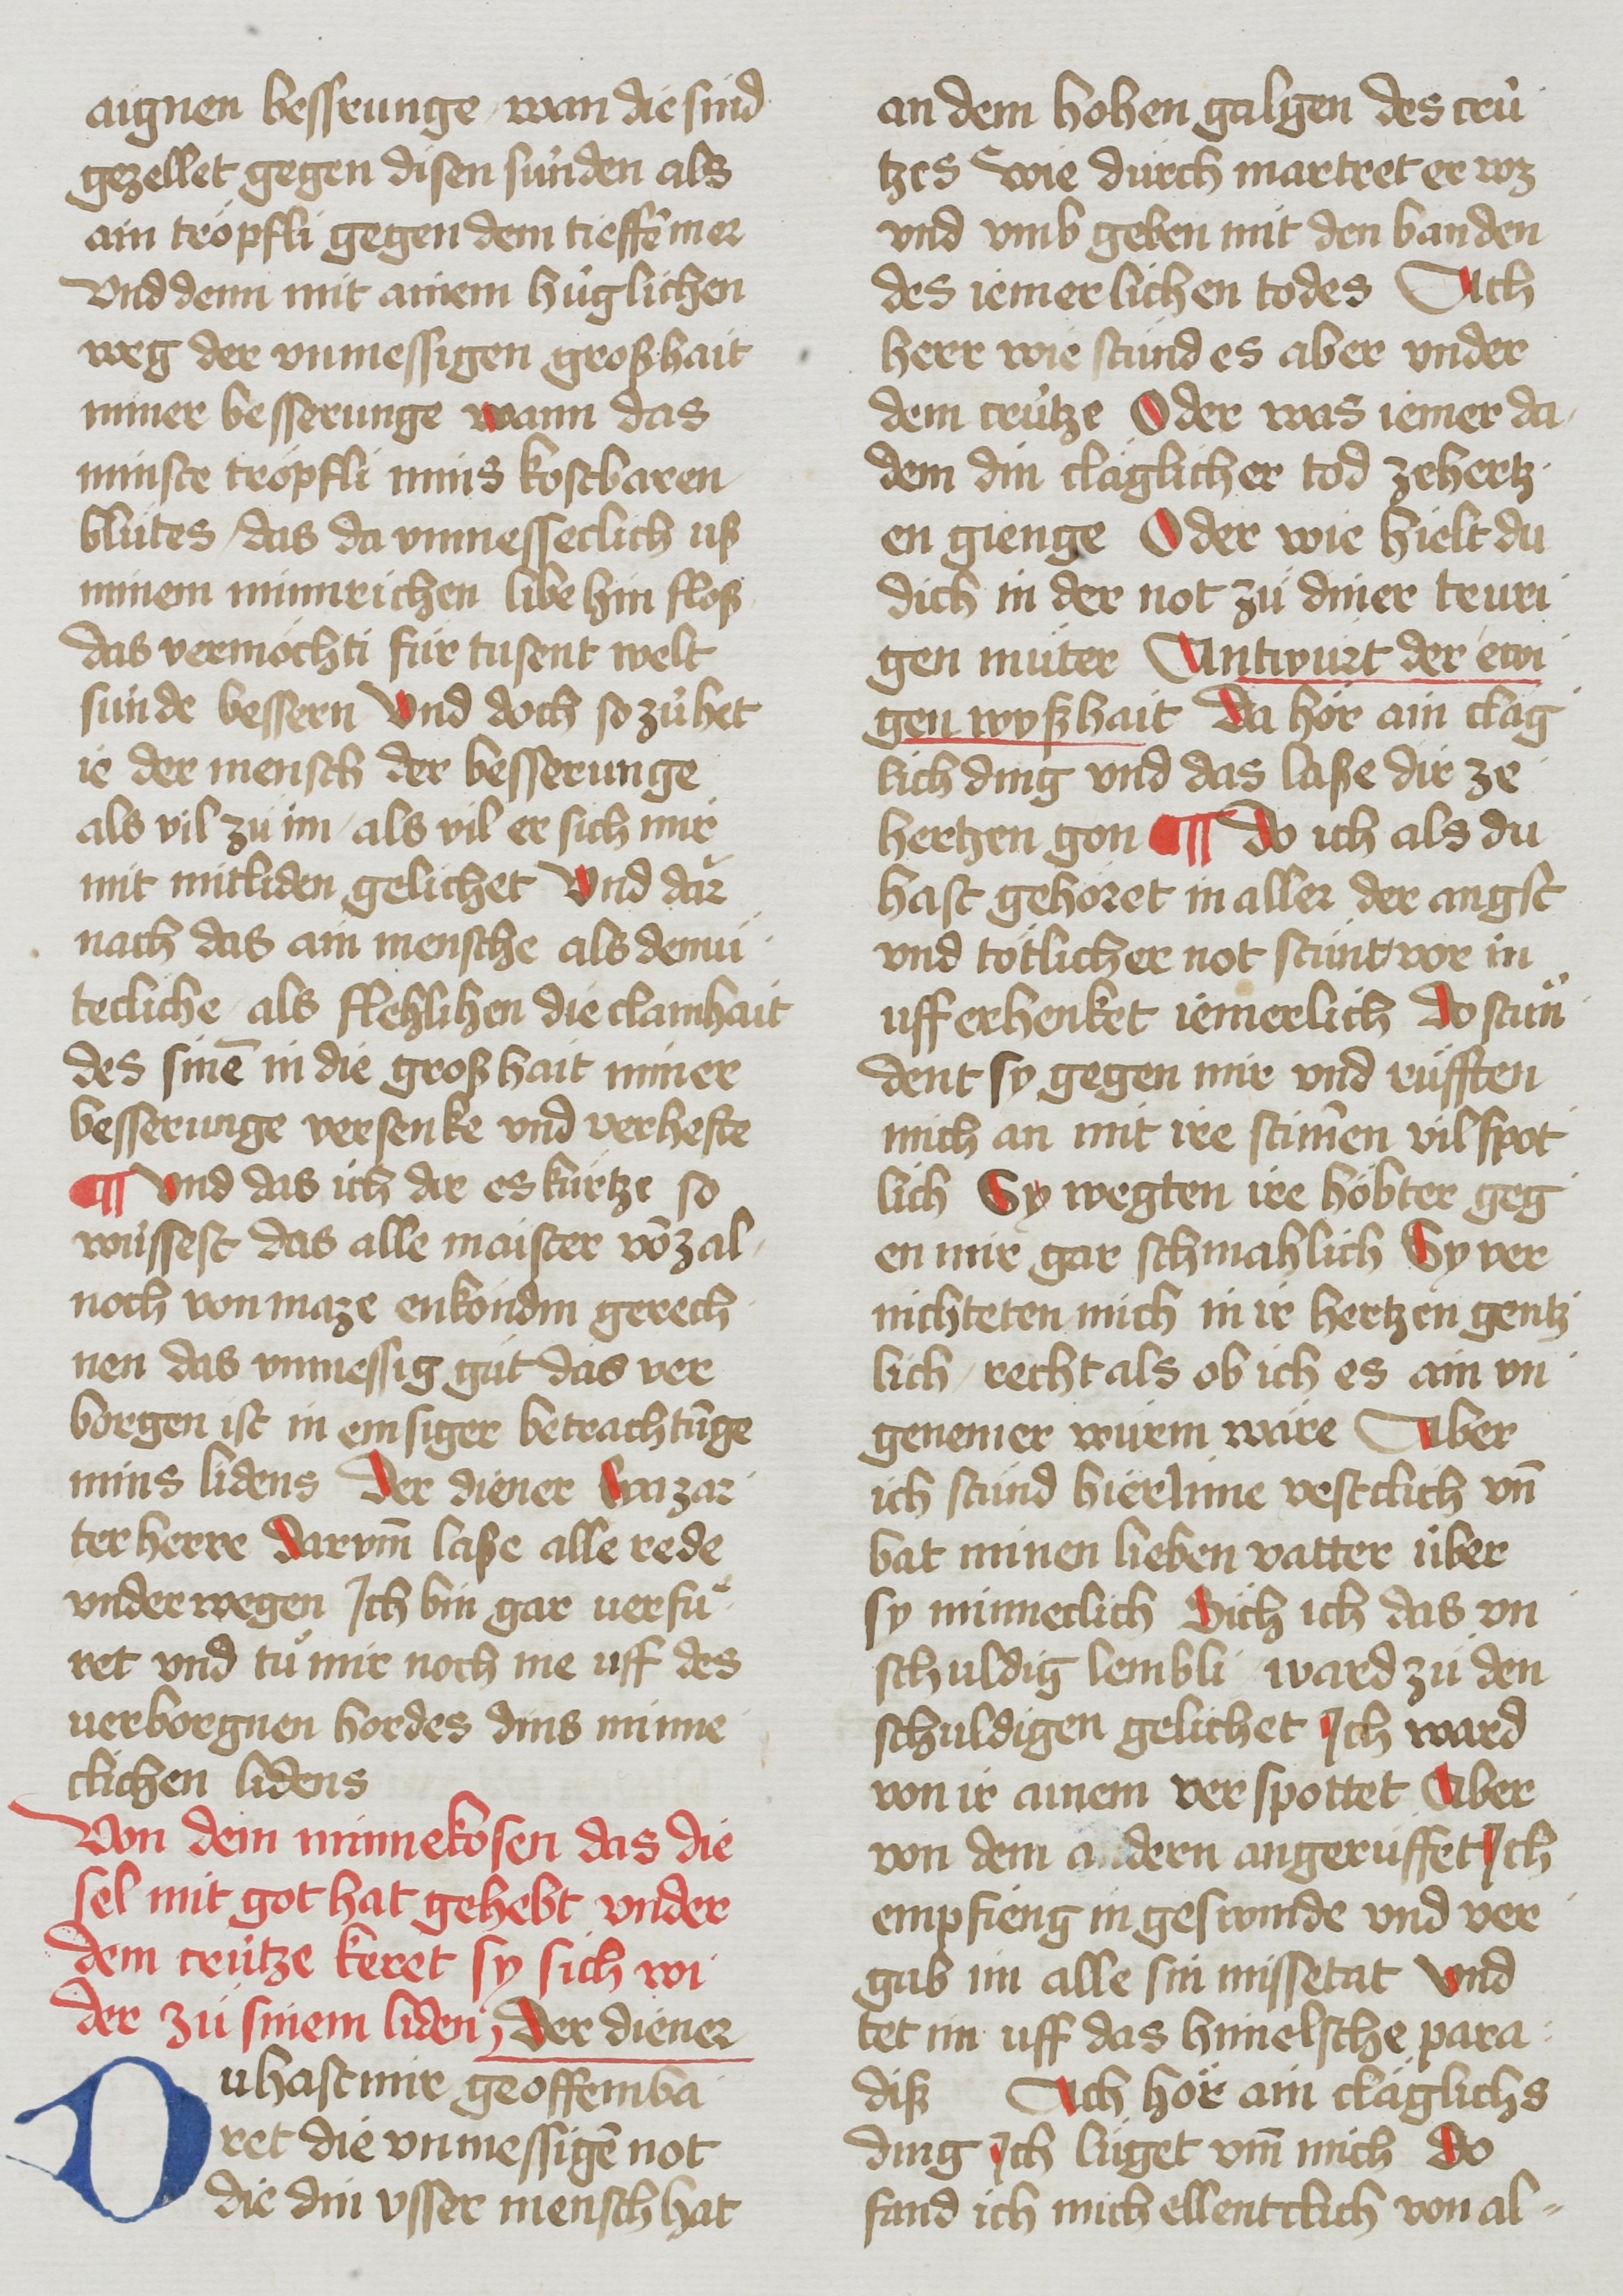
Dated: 1485–1495